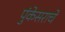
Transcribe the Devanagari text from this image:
पुंकेसराचे